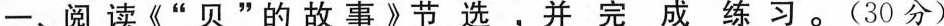
一、阅读《”贝”的故事》节选，并完成练习。(30分)